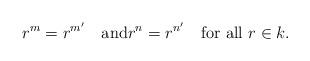
LaTeX: \begin{align*}r^m=r^{m'}\quad\textrm{and}r^n=r^{n'}\quad\textrm{for all $r\in k$.}\end{align*}